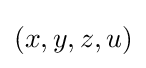
(x,y,z,u)